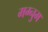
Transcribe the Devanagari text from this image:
मग्नुम